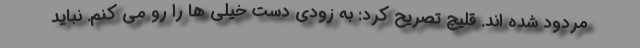
مردود شده اند. قلیچ تصریح کرد: به زودی دست خیلی ها را رو می کنم. نباید